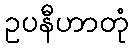
ဥပနီဟာတုံ